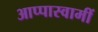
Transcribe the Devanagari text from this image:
आप्पास्वामीं